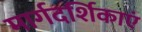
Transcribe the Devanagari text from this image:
मार्गदर्शिकाएं